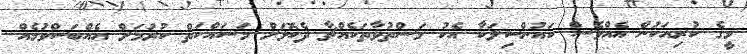
މީގެ ކުރިއަކުން އެއްވެސް ކައުންސިލަކާ އެކު މަސްތުވާތަކެއްޗާ ދެކޮޅަށް މަސައްކަތް ކުރުމަށް އެއްބަސްވުމެއް